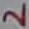
Text: 2